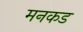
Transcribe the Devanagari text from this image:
मनकड